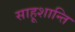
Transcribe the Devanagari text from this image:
साहूशान्ति